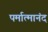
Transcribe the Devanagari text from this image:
पर्मात्मानंद